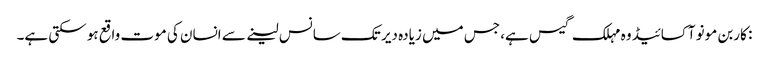
: کاربن مونو آکسائیڈ وہ مہلک گیس ہے، جس میں زیادہ دیر تک سانس لینے سے انسان کی موت واقع ہو سکتی ہے۔